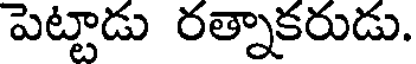
పెట్టాడు రత్నాకరుడు.